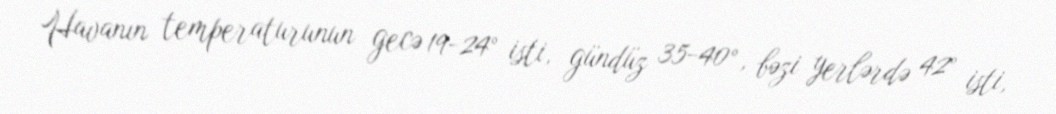
Havanın temperaturunun gecə 19-24° isti, gündüz 35-40°, bəzi yerlərdə 42° isti,